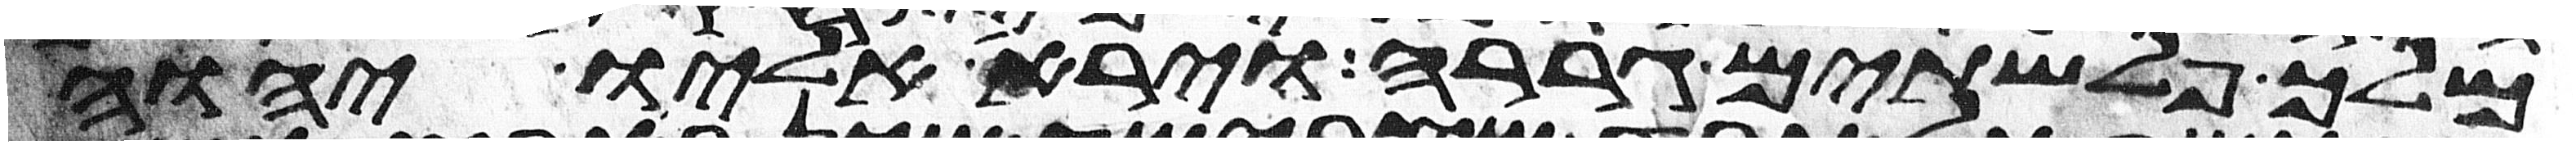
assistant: מלך פלשתים גררה וירא אליו יהוה